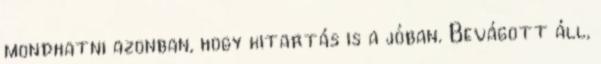
mondhatni azonban, hogy kitartás is a jóban. Bevágott áll,